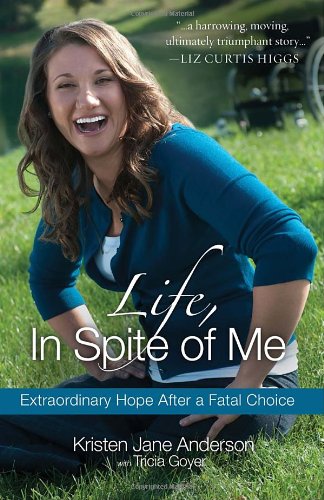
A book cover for Life, In Spite of Me: Extraordinary Hope After a Fatal Choice; Kristen Jane Anderson; Self-Help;